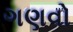
ગણવો